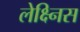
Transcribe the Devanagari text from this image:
लेक्ष्निस